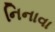
નિનાવા